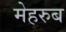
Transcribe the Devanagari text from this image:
मेहरुब